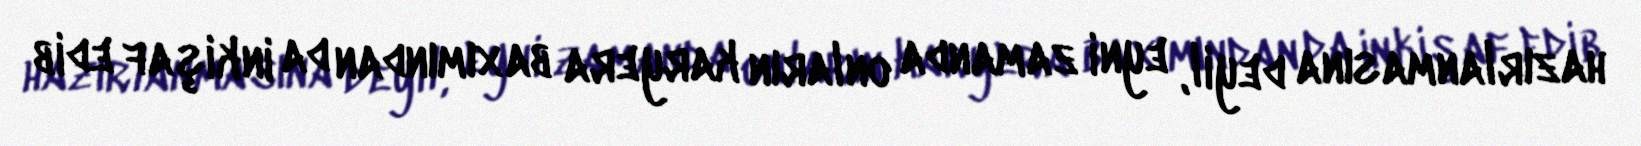
hazırlanmasına deyil, eyni zamanda onların karyera baxımından da inkişaf edib